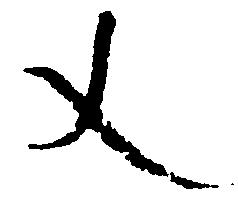
文